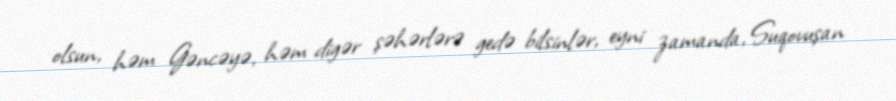
olsun, həm Gəncəyə, həm digər şəhərlərə gedə bilsinlər, eyni zamanda, Suqovuşan